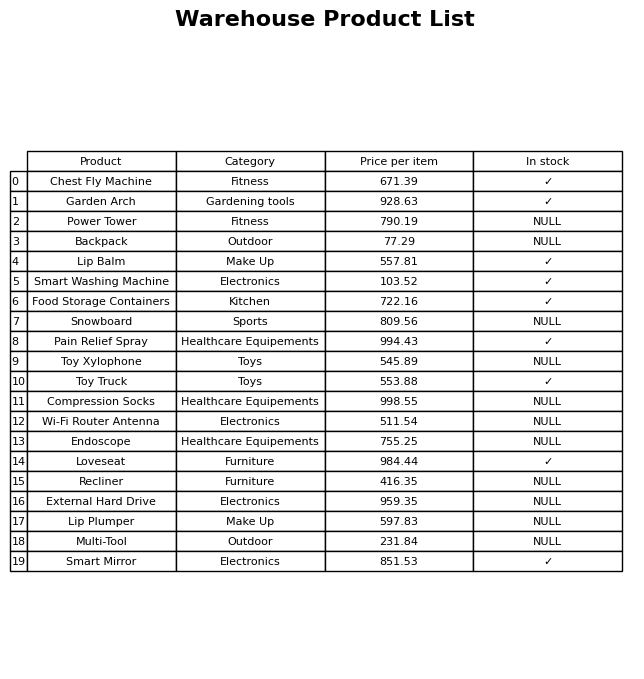
question: Is the Chest Fly Machine in stock?
answer: ✓